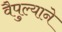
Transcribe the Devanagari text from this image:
वैपुल्याने